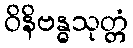
ဝိနိဗန္ဓသုတ္တံ